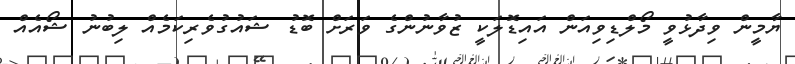
ޔާމީން ވިދާޅުވީ މޯލްޑިވިއަން އައިޑޮލަކީ ޒުވާނުންގެ ވަރަށް ބޮޑު ޝައުގުވެރިކަމެއް ލިބުނު ޝޯއެއް